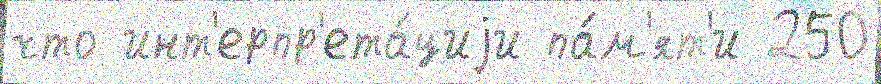
что инт'ерпр'ета́циjи па́м'ят'и 250